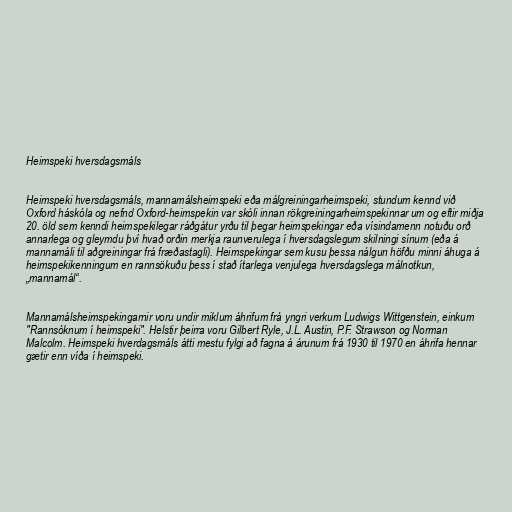
Heimspeki hversdagsmáls

Heimspeki hversdagsmáls, mannamálsheimspeki eða málgreiningarheimspeki, stundum kennd við
Oxford háskóla og nefnd Oxford-heimspekin var skóli innan rökgreiningarheimspekinnar um og eftir miðja
20. öld sem kenndi heimspekilegar ráðgátur yrðu til þegar heimspekingar eða vísindamenn notuðu orð
annarlega og gleymdu því hvað orðin merkja raunverulega í hversdagslegum skilningi sínum (eða á
mannamáli til aðgreiningar frá fræðastagli). Heimspekingar sem kusu þessa nálgun höfðu minni áhuga á
heimspekikenningum en rannsökuðu þess í stað ítarlega venjulega hversdagslega málnotkun,
„mannamál“.

Mannamálsheimspekingarnir voru undir miklum áhrifum frá yngri verkum Ludwigs Wittgenstein, einkum
"Rannsóknum í heimspeki". Helstir þeirra voru Gilbert Ryle, J.L. Austin, P.F. Strawson og Norman
Malcolm. Heimspeki hverdagsmáls átti mestu fylgi að fagna á árunum frá 1930 til 1970 en áhrifa hennar
gætir enn víða í heimspeki.